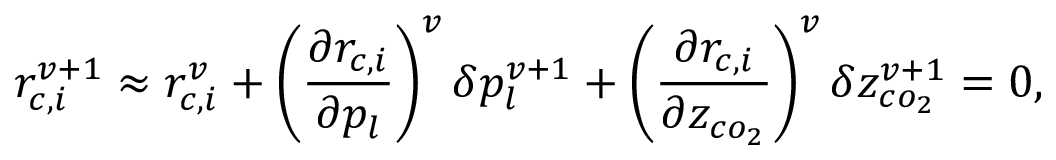
r _ { c , i } ^ { v + 1 } \approx r _ { c , i } ^ { v } + \left( \frac { \partial r _ { c , i } } { \partial p _ { l } } \right) ^ { v } \delta p _ { l } ^ { v + 1 } + \left( \frac { \partial r _ { c , i } } { \partial z _ { c o _ { 2 } } } \right) ^ { v } \delta z _ { c o _ { 2 } } ^ { v + 1 } = 0 ,